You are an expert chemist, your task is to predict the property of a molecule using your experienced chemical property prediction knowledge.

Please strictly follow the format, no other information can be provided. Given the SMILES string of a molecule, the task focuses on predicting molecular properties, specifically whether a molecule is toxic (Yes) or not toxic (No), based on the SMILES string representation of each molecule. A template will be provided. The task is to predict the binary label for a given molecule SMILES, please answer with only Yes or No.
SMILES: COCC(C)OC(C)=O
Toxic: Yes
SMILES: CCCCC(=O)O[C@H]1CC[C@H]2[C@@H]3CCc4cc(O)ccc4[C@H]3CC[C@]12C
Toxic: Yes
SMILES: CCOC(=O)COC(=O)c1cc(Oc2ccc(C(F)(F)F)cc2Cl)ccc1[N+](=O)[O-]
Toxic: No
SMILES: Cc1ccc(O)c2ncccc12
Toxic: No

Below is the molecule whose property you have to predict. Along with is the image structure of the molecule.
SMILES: NC/C=C/C(=O)O
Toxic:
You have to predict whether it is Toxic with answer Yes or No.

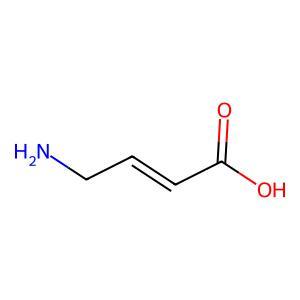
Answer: No